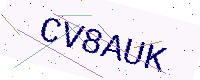
Text: CV8AUK